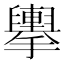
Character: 𢹏